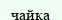
чайка